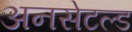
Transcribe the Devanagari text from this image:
अनसेटल्ड